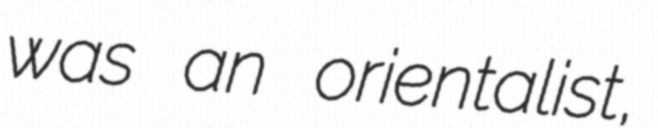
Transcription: was an orientalist,